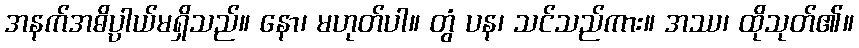
အနက်အဓိပ္ပာယ်မရှိသည်။ နော၊ မဟုတ်ပါ။ တွံ ပန၊ သင်သည်ကား။ အဿ၊ ထိုသုတ်၏။